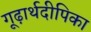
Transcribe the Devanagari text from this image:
गूढ़ार्थदीपिका